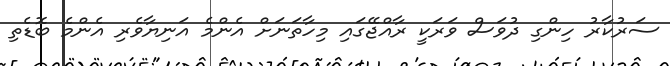
ސަރުކާރު ހިންގި ދުވަސް ވަރަކީ ރާއްޖޭގައި މިހާތަނަށް އެންމެ އަނިޔާވެރި އެންމެ ބޮޑެތި